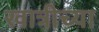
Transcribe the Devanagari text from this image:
खात्रीच्या